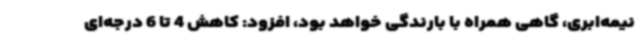
نیمه‌ابری، گاهی همراه با بارندگی خواهد بود، افزود: کاهش 4 تا 6 درجه‌ای